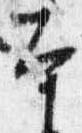
本